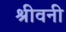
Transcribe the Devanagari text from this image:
श्रीवनी